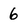
Character: 6